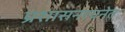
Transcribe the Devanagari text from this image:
प्रशासनरचनेत